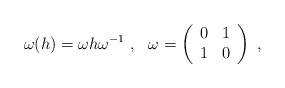
\begin{align*}\omega(h) = \omega h \omega^{-1} ~,~~ \omega = \left( \begin{array}{cc} 0 & 1\\ 1 & 0 \end{array}\right)~,\end{align*}